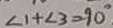
\angle 1 + \angle 3 = 9 0 ^ { \circ }